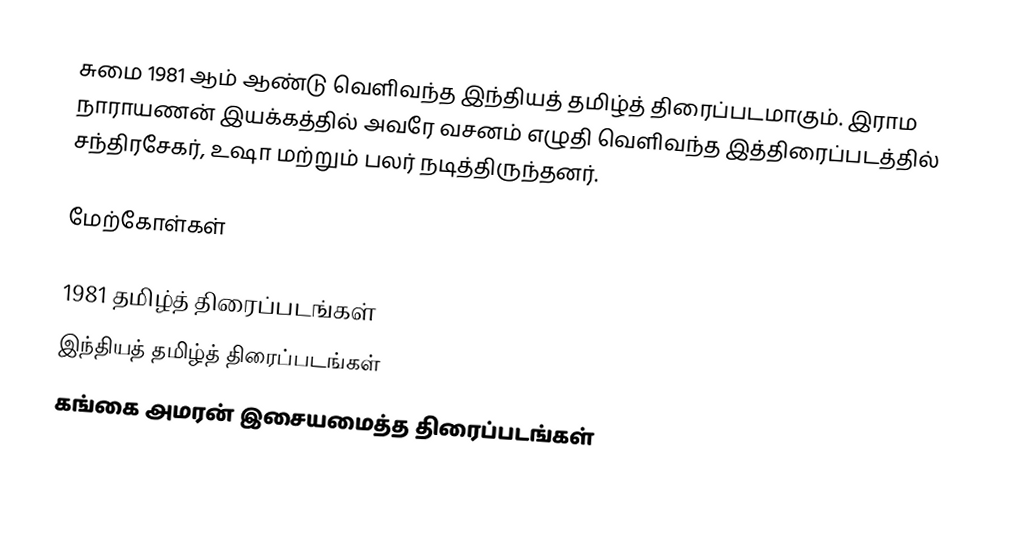
சுமை 1981 ஆம் ஆண்டு வெளிவந்த இந்தியத் தமிழ்த் திரைப்படமாகும். இராம நாராயணன் இயக்கத்தில் அவரே வசனம் எழுதி வெளிவந்த இத்திரைப்படத்தில் சந்திரசேகர், உஷா மற்றும் பலர் நடித்திருந்தனர்.

மேற்கோள்கள்

1981 தமிழ்த் திரைப்படங்கள்
இந்தியத் தமிழ்த் திரைப்படங்கள்
கங்கை அமரன் இசையமைத்த திரைப்படங்கள்